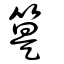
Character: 䈕